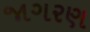
જાગરણ